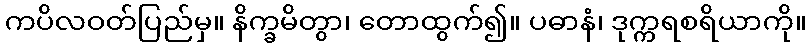
ကပိလဝတ်ပြည်မှ။ နိက္ခမိတွာ၊ တောထွက်၍။ ပဓာနံ၊ ဒုက္ကရစရိယာကို။